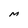
Character: M